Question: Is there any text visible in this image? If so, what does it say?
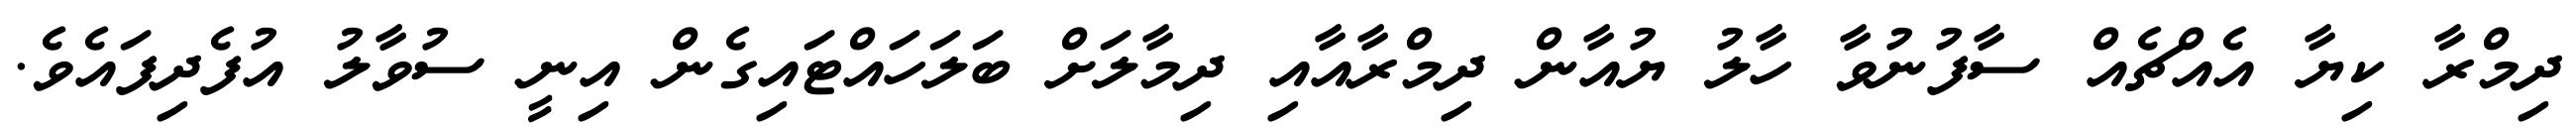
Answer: ދިމްރާ ކިޔާ އެއްޗެއް ސާފުނުވާ ހާލު ޔުއާން ދިމްރާއާއި ދިމާލަށް ބަލަހައްޓައިގެން އިނީ ސުވާލު އުފެދިފައެވެ.